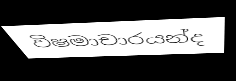
විෂමාචාරයන්ද